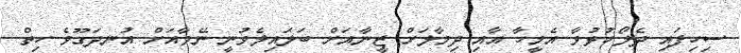
ސިހިފައި ދެލޯހުޅުވާ އެމީހާ އާއި ދިމާލަށް ޒީނާއަށް ބަލައިލެވުނީ ނޭވާއަށް އުނދަގޫވެ ހިތް